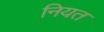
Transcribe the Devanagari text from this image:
नियत